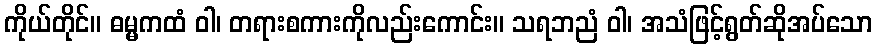
ကိုယ်တိုင်။ ဓမ္မကထံ ဝါ၊ တရားစကားကိုလည်းကောင်း။ သရဘညံ ဝါ၊ အသံဖြင့်ရွတ်ဆိုအပ်သော